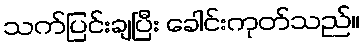
သက်ပြင်းချပြီး ခေါင်းကုတ်သည်။